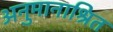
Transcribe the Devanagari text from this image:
अनुमानाश्रित